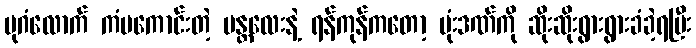
ပုဂံလောက် ကံမကောင်းတဲ့ မန္တလေးနဲ့ ရန်ကုန်ကတော့ ဗုံးဒဏ်ကို ဆိုးဆိုးရွားရွားခံခဲ့ရပြီး